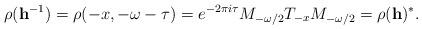
LaTeX: \begin{align*}\rho(\mathbf{h}^{-1}) = \rho(-x,-\omega-\tau)= e^{-2 \pi i \tau} M_{-\omega/2} T_{-x} M_{-\omega/2}= \rho(\mathbf{h})^*.\end{align*}